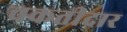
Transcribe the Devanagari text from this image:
चकतीदार